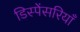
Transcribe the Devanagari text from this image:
डिस्पेंसरियाँ